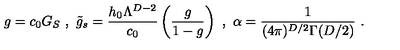
g = c _ { 0 } G _ { S } \ , \ \tilde { g } _ { s } = \frac { h _ { 0 } \Lambda ^ { D - 2 } } { c _ { 0 } } \left( \frac { g } { 1 - g } \right) \ , \ \alpha = \frac { 1 } { ( 4 \pi ) ^ { D / 2 } \Gamma ( D / 2 ) } \ .